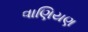
વાણિયણ